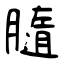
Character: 膸